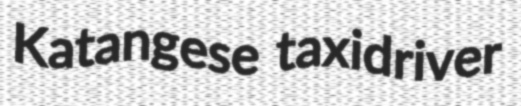
Katangese taxidriver